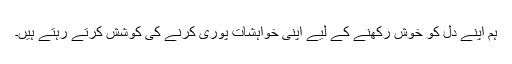
ہم اپنے دل کو خوش رکھنے کے لیے اپنی خواہشات پوری کرنے کی کوشش کرتے رہتے ہیں۔